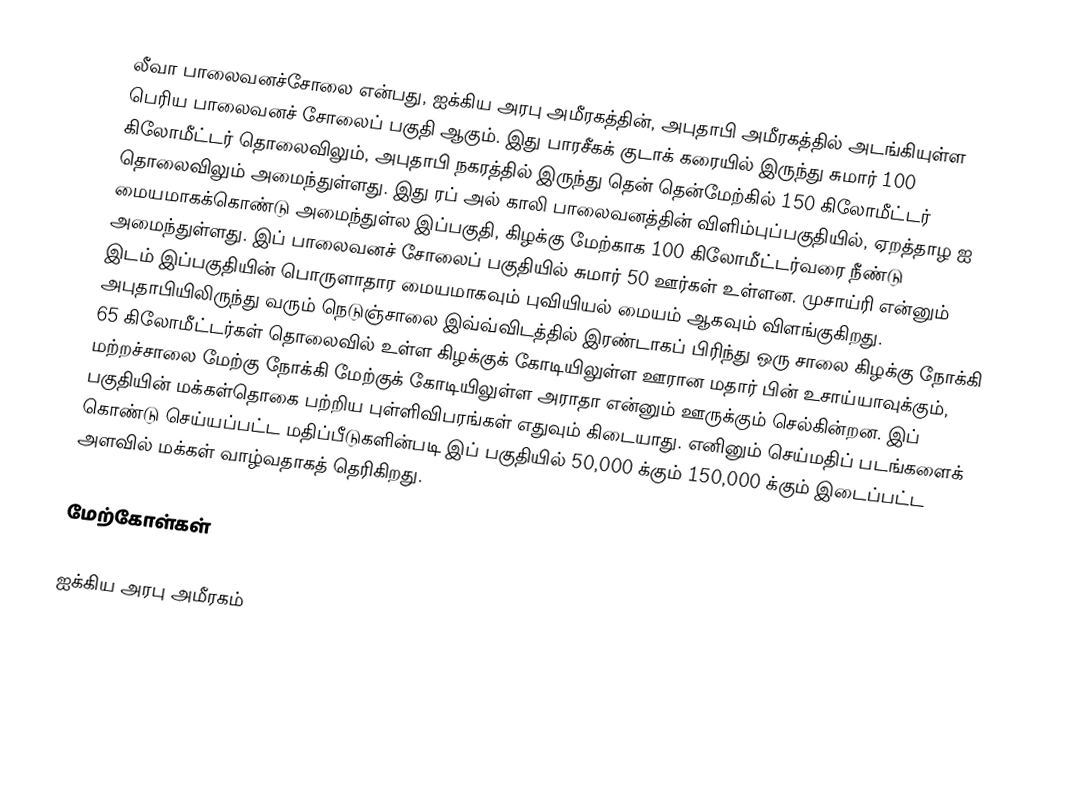
லீவா பாலைவனச்சோலை என்பது, ஐக்கிய அரபு அமீரகத்தின், அபுதாபி அமீரகத்தில் அடங்கியுள்ள பெரிய பாலைவனச் சோலைப் பகுதி ஆகும். இது பாரசீகக் குடாக் கரையில் இருந்து சுமார் 100 கிலோமீட்டர் தொலைவிலும், அபுதாபி நகரத்தில் இருந்து தென் தென்மேற்கில் 150 கிலோமீட்டர் தொலைவிலும் அமைந்துள்ளது. இது ரப் அல் காலி பாலைவனத்தின் விளிம்புப்பகுதியில், ஏறத்தாழ  ஐ மையமாகக்கொண்டு அமைந்துள்ல இப்பகுதி, கிழக்கு மேற்காக 100 கிலோமீட்டர்வரை நீண்டு அமைந்துள்ளது. இப் பாலைவனச் சோலைப் பகுதியில் சுமார் 50 ஊர்கள் உள்ளன. முசாய்ரி என்னும் இடம் இப்பகுதியின் பொருளாதார மையமாகவும் புவியியல் மையம் ஆகவும் விளங்குகிறது. அபுதாபியிலிருந்து வரும் நெடுஞ்சாலை இவ்வ்விடத்தில் இரண்டாகப் பிரிந்து ஒரு சாலை கிழக்கு நோக்கி 65 கிலோமீட்டர்கள் தொலைவில் உள்ள கிழக்குக் கோடியிலுள்ள ஊரான மதார் பின் உசாய்யாவுக்கும், மற்றச்சாலை மேற்கு நோக்கி மேற்குக் கோடியிலுள்ள அராதா என்னும் ஊருக்கும் செல்கின்றன. இப் பகுதியின் மக்கள்தொகை பற்றிய புள்ளிவிபரங்கள் எதுவும் கிடையாது. எனினும் செய்மதிப் படங்களைக் கொண்டு செய்யப்பட்ட மதிப்பீடுகளின்படி இப் பகுதியில் 50,000 க்கும் 150,000 க்கும் இடைப்பட்ட அளவில் மக்கள் வாழ்வதாகத் தெரிகிறது.

மேற்கோள்கள்

ஐக்கிய அரபு அமீரகம்